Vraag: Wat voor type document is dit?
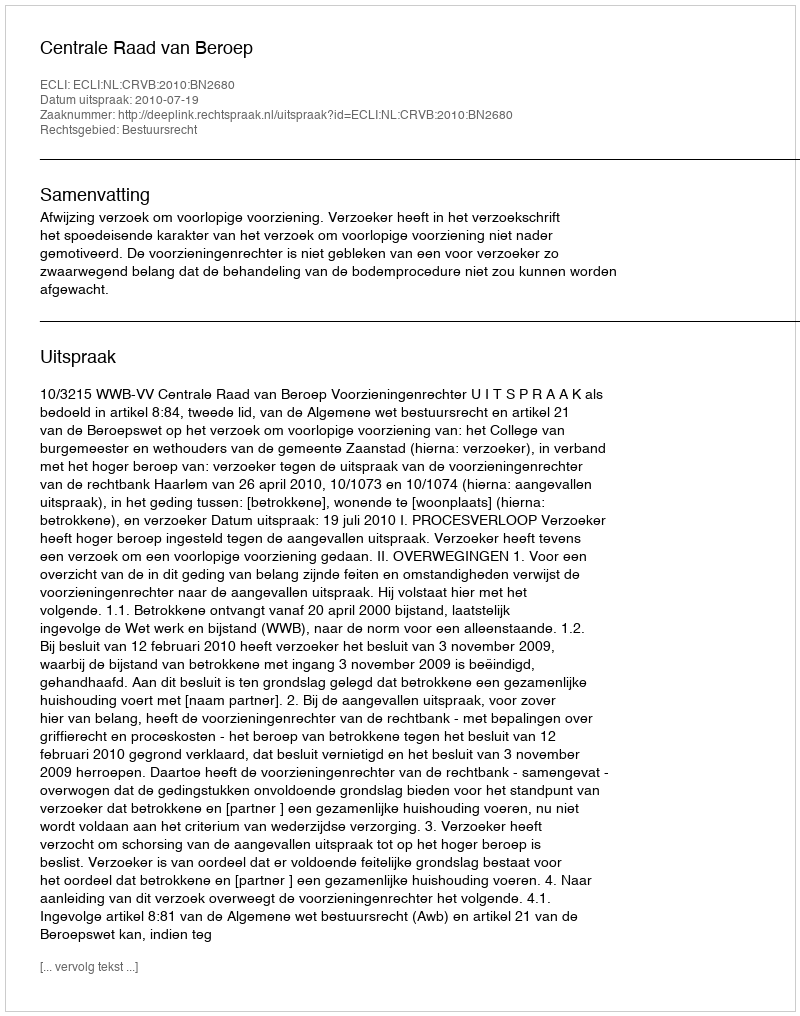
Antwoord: Uitspraak